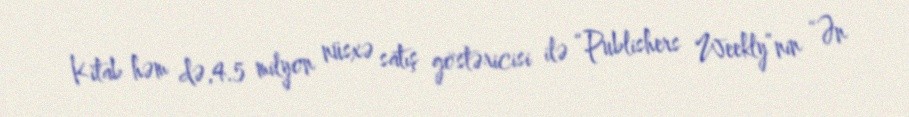
Kitab həm də,4.5 milyon nüsxə satış göstəricisi ilə “Publishers Weekly”nin “Ən